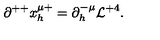
\partial ^ { + + } x _ { h } ^ { \mu + } = \partial _ { h } ^ { - \mu } { \cal L } ^ { + 4 } .